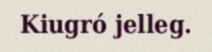
Kiugró jelleg.